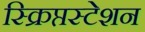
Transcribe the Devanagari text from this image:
स्क्रिप्तस्टेशन